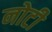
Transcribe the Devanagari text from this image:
नोटी